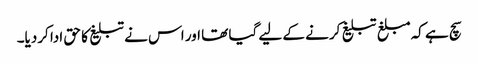
سچ ہے کہ مبلغ تبلیغ کرنے کے لیے گیا تھا اور اس نے تبلیغ کا حق ادا کردیا۔